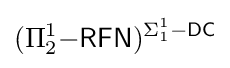
(\Pi _{2}^{1}{\mathsf {-RFN}})^{\Sigma _{1}^{1}{\mathsf {-DC}}}